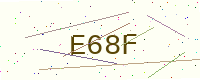
Text: E68F